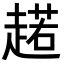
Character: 𧼼